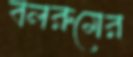
বলরুমের